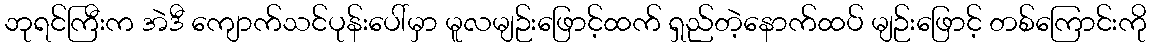
ဘုရင်ကြီးက အဲဒီ ကျောက်သင်ပုန်းပေါ်မှာ မူလမျဉ်းဖြောင့်ထက် ရှည်တဲ့နောက်ထပ် မျဉ်းဖြောင့် တစ်ကြောင်းကို